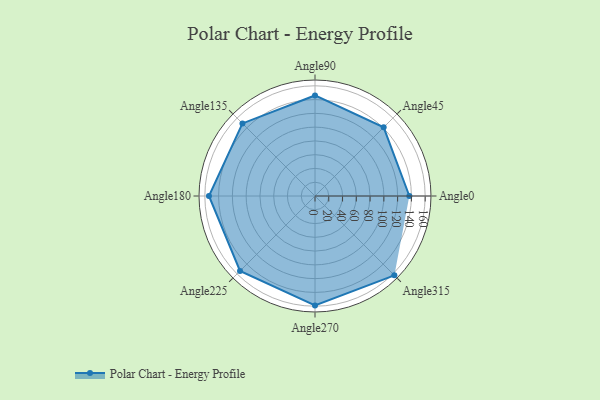
{"axis": {"x": "Angle", "y": "Radius"}, "legend": [""], "data": [{"x": "Angle0", "y": 137.0, "type": ""}, {"x": "Angle45", "y": 141.0, "type": ""}, {"x": "Angle90", "y": 146.0, "type": ""}, {"x": "Angle135", "y": 149.0, "type": ""}, {"x": "Angle180", "y": 154.0, "type": ""}, {"x": "Angle225", "y": 154.0, "type": ""}, {"x": "Angle270", "y": 159.0, "type": ""}, {"x": "Angle315", "y": 163.0, "type": ""}]}